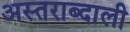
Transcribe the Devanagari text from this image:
अस्तराब्दाली